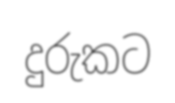
දුරුකට